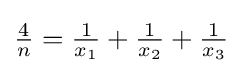
{\tfrac {4}{n}}={\tfrac {1}{x_{1}}}+{\tfrac {1}{x_{2}}}+{\tfrac {1}{x_{3}}}